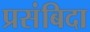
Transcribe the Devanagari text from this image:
प्रसंबिदा